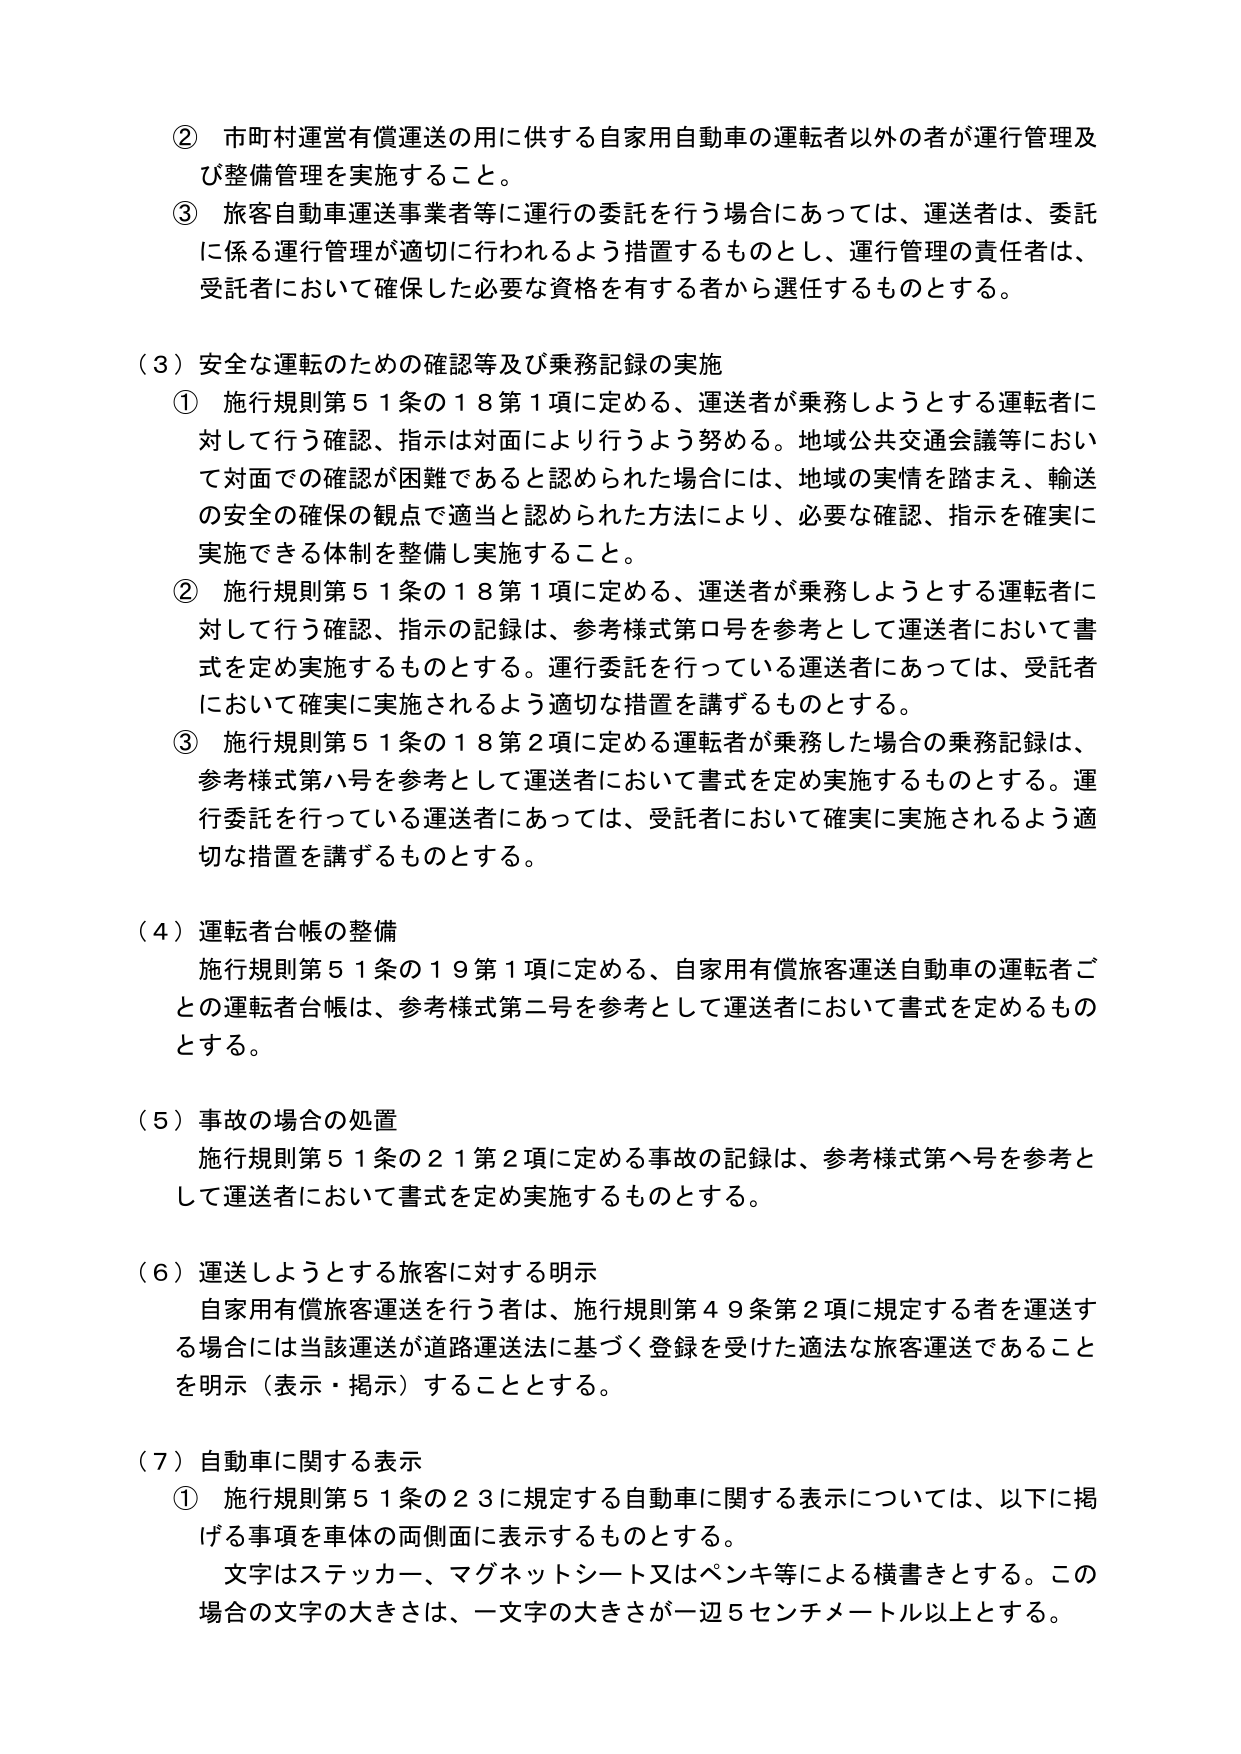
② 市町村運営有償運送の用に供する自家用自動車の運転者以外の者が運行管理及び整備管理を実施すること。

③ 旅客自動車運送事業者等に運行の委託を行う場合にあっては、運送者は、委託に係る運行管理が適切に行われるよう措置するものとし、運行管理の責任者は、受託者において確保した必要な資格を有する者から選任するものとする。

（３）安全な運転のための確認等及び乗務記録の実施

① 施行規則第５１条の１８第１項に定める、運送者が乗務しようとする運転者に対して行う確認、指示は対面により行うよう努める。地域公共交通会議等において対面での確認が困難であると認められた場合には、地域の実情を踏まえ、輸送の安全の確保の観点で適当と認められた方法により、必要な確認、指示を確実に実施できる体制を整備し実施すること。

② 施行規則第５１条の１８第１項に定める、運送者が乗務しようとする運転者に対して行う確認、指示の記録は、参考様式第ロ号を参考として運送者において書式を定め実施するものとする。運行委託を行っている運送者にあっては、受託者において確実に実施されるよう適切な措置を講ずるものとする。

③ 施行規則第５１条の１８第２項に定める運転者が乗務した場合の乗務記録は、参考様式第八号を参考として運送者において書式を定め実施するものとする。運行委託を行っている運送者にあっては、受託者において確実に実施されるよう適切な措置を講ずるものとする。

（４）運転者台帳の整備

施行規則第５１条の１９第１項に定める、自家用有償旅客運送自動車の運転者ごとの運転者台帳は、参考様式第二号を参考として運送者において書式を定めるものとする。

（５）事故の場合の処置

施行規則第５１条の２１第２項に定める事故の記録は、参考様式第八号を参考として運送者において書式を定め実施するものとする。

（６）運送しようとする旅客に対する明示

自家用有償旅客運送を行う者は、施行規則第４９条第２項に規定する者を運送する場合には当該運送が道路運送法に基づく登録を受けた適法な旅客運送であることを明示（表示・掲示）することとする。

（７）自動車に関する表示

① 施行規則第５１条の２３に規定する自動車に関する表示については、以下に掲げる事項を車体の両側面に表示するものとする。

文字はステッカー、マグネットシート又はペンキ等による横書きとする。この場合の文字の大きさは、一文字の大きさが一辺５センチメートル以上とする。